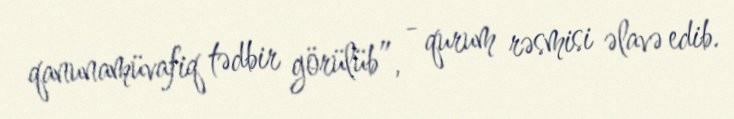
qanunamüvafiq tədbir görülüb”, - qurum rəsmisi əlavə edib.